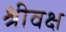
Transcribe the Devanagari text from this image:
श्रीवक्ष